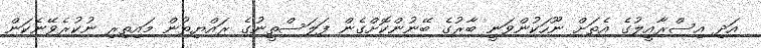
އަދި އިސްރާއީލުގެ އެތަށް ނޫހަކުންވަނީ ބާރުގެ ބޭނުންކޮށްގެން ފަލަސްތީނުގެ ރައްޔިތުން މައިތިރި ނުކުރެވޭނެކަން